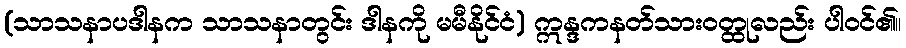
(သာသနာပဒါနက သာသနာတွင်း ဒါနကို မမီနိုင်ငံ) ဣန္ဒကနတ်သားဝတ္ထုလည်း ပါဝင်၏။